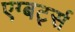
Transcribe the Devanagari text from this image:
एग्बर्ट्स